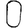
Digit: 0